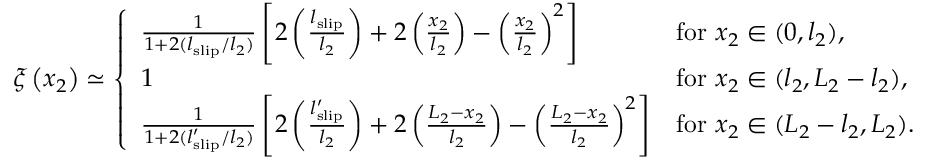
\xi \left( x _ { 2 } \right) \simeq \left\{ \begin{array} { l l } { \frac { 1 } { 1 + 2 ( l _ { \mathrm { s l i p } } / l _ { 2 } ) } \left[ 2 \left( \frac { l _ { \mathrm { s l i p } } } { l _ { 2 } } \right) + 2 \left( \frac { x _ { 2 } } { l _ { 2 } } \right) - \left( \frac { x _ { 2 } } { l _ { 2 } } \right) ^ { 2 } \right] } & { \mathrm { f o r ~ } x _ { 2 } \in ( 0 , l _ { 2 } ) , } \\ { 1 } & { \mathrm { f o r ~ } x _ { 2 } \in ( l _ { 2 } , L _ { 2 } - l _ { 2 } ) , } \\ { \frac { 1 } { 1 + 2 ( l _ { \mathrm { s l i p } } ^ { \prime } / l _ { 2 } ) } \left[ 2 \left( \frac { l _ { \mathrm { s l i p } } ^ { \prime } } { l _ { 2 } } \right) + 2 \left( \frac { L _ { 2 } - x _ { 2 } } { l _ { 2 } } \right) - \left( \frac { L _ { 2 } - x _ { 2 } } { l _ { 2 } } \right) ^ { 2 } \right] } & { \mathrm { f o r ~ } x _ { 2 } \in ( L _ { 2 } - l _ { 2 } , L _ { 2 } ) . } \end{array} \right.